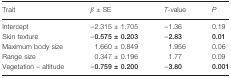
<table><thead><tr><td><b>Trait</b></td><td><b>β ± SE</b></td><td><b><i>T</i>-value</b></td><td><b><i>P</i></b></td></tr></thead><tbody><tr><td>Intercept</td><td>−2.315 ± 1.705</td><td>−1.36</td><td>0.19</td></tr><tr><td>Skin texture</td><td><b>−0.575 ± 0.203</b></td><td><b>−2.83</b></td><td><b>0.01</b></td></tr><tr><td>Maximum body size</td><td>1.660 ± 0.849</td><td>1.956</td><td>0.06</td></tr><tr><td>Range size</td><td>0.347 ± 0.196</td><td>1.77</td><td>0.09</td></tr><tr><td>Vegetation – altitude</td><td><b>−0.759 ± 0.200</b></td><td><b>−3.80</b></td><td><b>0.001</b></td></tr></tbody></table>